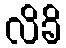
လိခိ